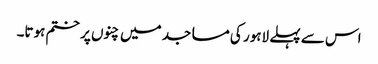
اس سے پہلے لاہور کی مساجد میں چنوں پر ختم ہوتا۔